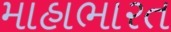
માહાભારત